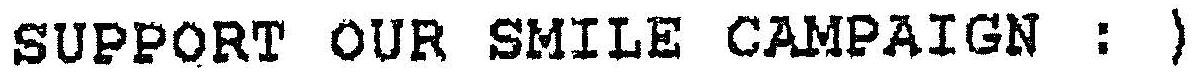
SUPPORT OUR SMILE CAMPAIGN : )